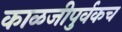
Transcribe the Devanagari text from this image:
काळजीपुर्वकच